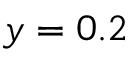
y = 0 . 2